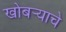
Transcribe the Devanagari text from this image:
खोबर्‍याचे